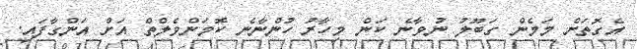
އެގޮތަށް މަމެން ގަބޫލު ނުވާނެ ކަން މިހާރު ހުންނާނެ ކޮމަންވެލްތް އަށް އަންގާފައި.